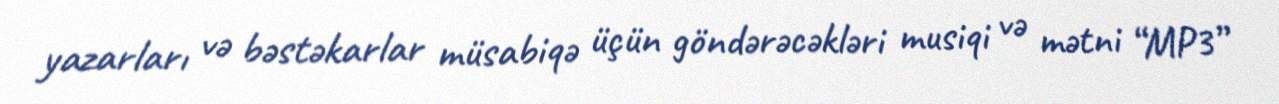
yazarları və bəstəkarlar müsabiqə üçün göndərəcəkləri musiqi və mətni “MP3”